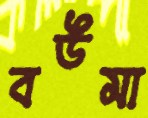
বউমা